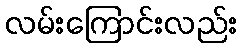
လမ်းကြောင်းလည်း